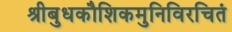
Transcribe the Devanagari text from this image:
श्रीबुधकौशिकमुनिविरचितं